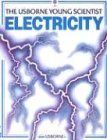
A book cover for Young Scientist Electricity; Philip Chapman; Children's Books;